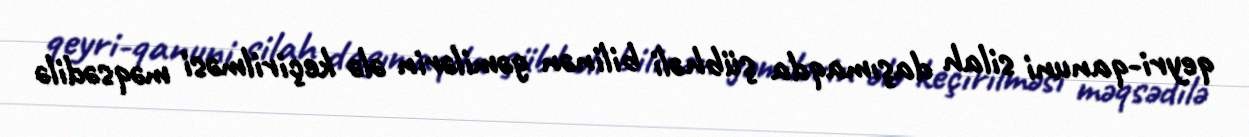
qeyri-qanuni silah daşımaqda şübhəli bilinən gəmilərin ələ keçirilməsi məqsədilə